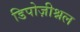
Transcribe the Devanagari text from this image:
डिपोज़ीश्नल